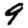
Digit: 9